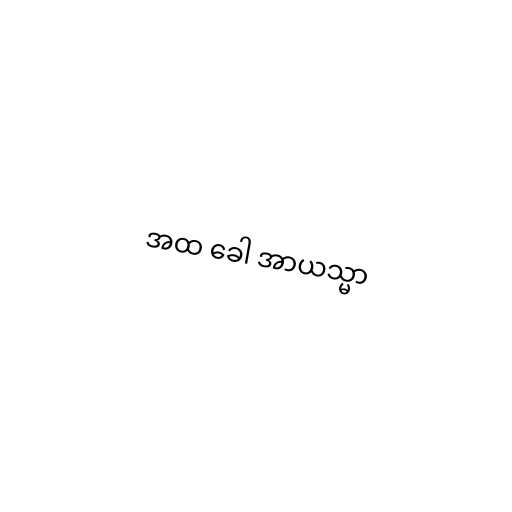
အထ ခေါ အာယသ္မာ